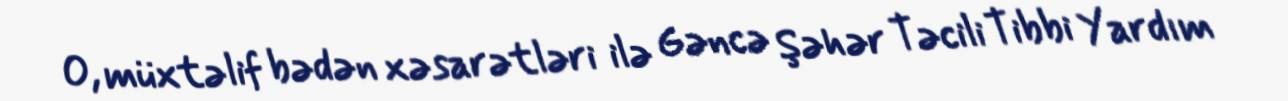
O, müxtəlif bədən xəsarətləri ilə Gəncə Şəhər Təcili Tibbi Yardım